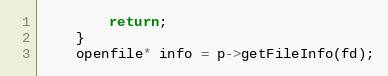
Language: C++
		return;
	}
	openfile* info = p->getFileInfo(fd);